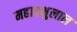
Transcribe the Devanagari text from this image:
महाप्रभुलाल